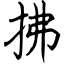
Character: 拂